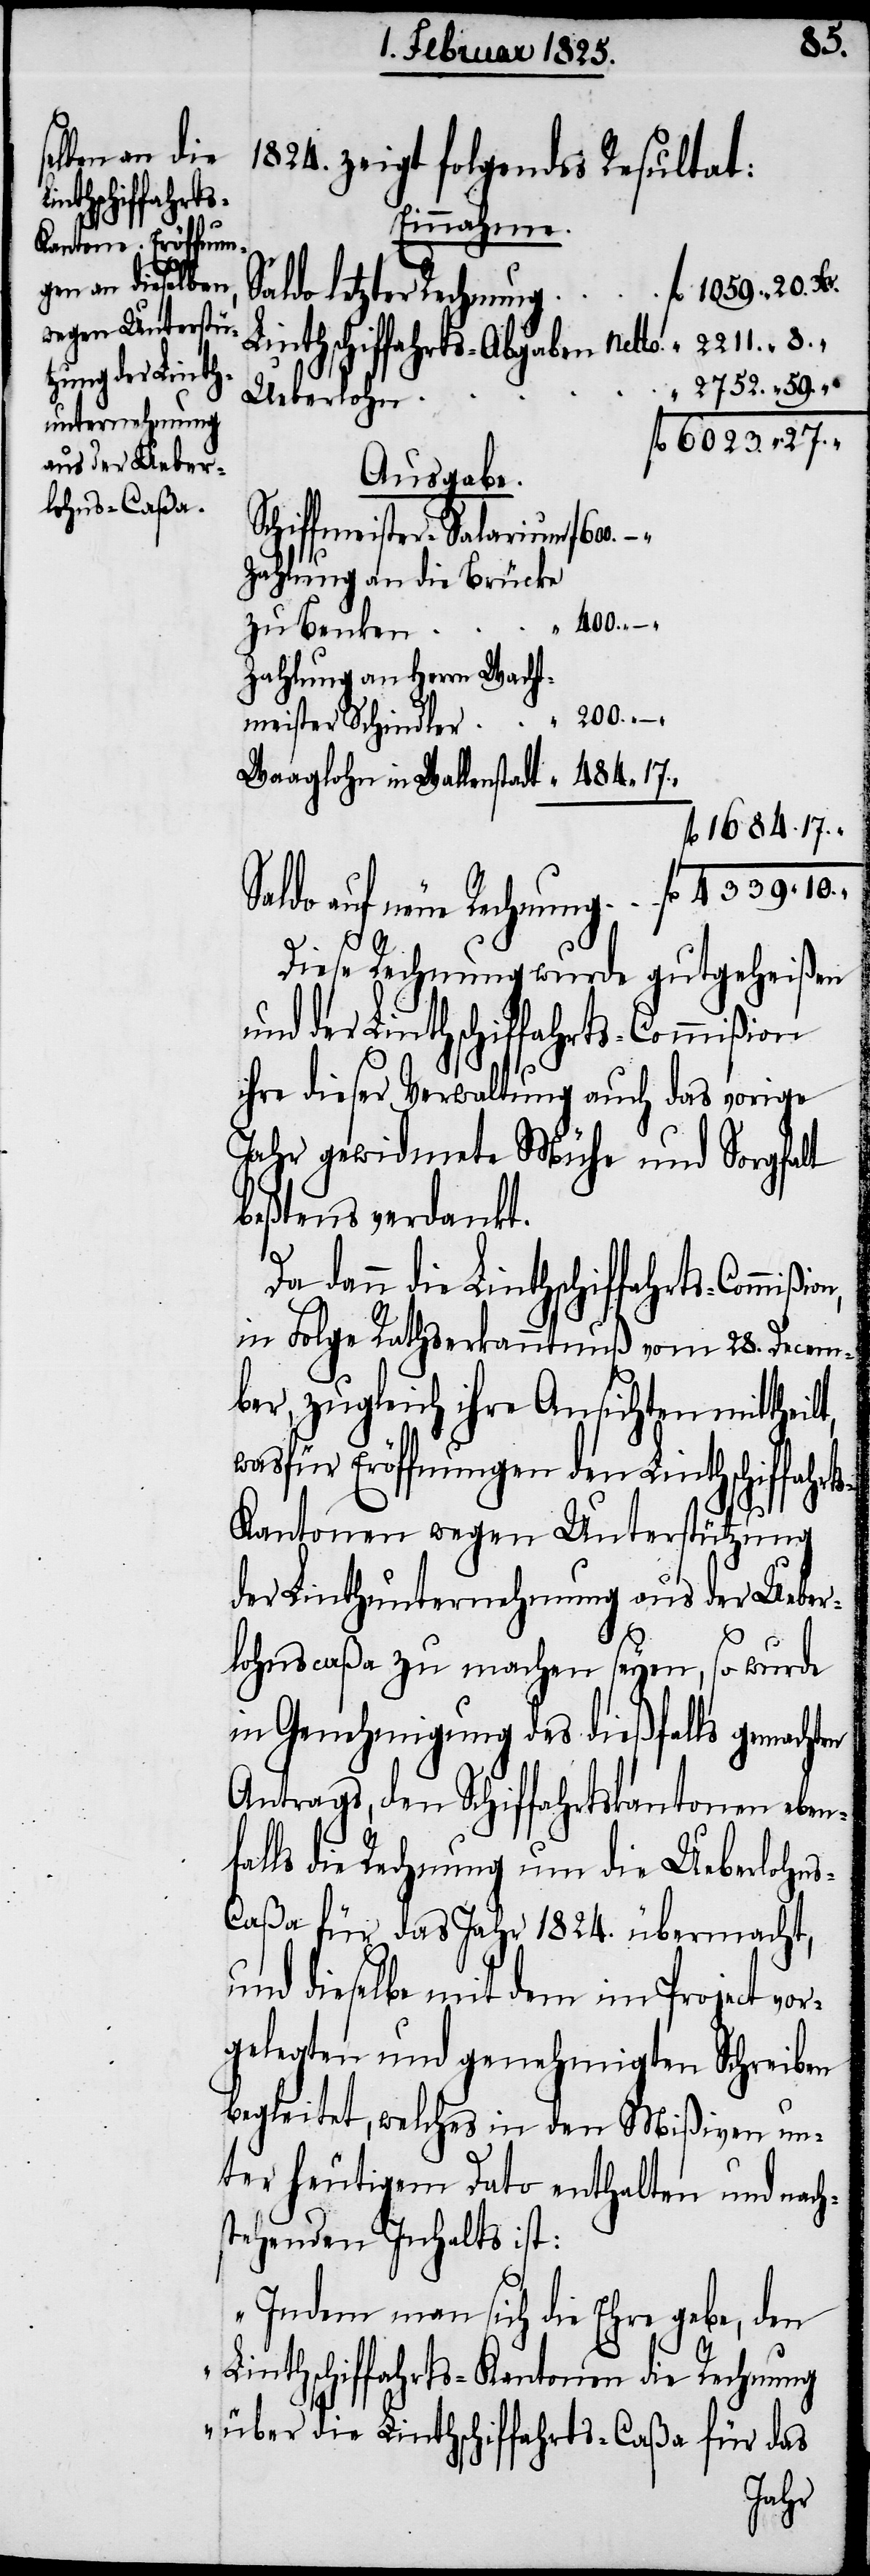
1684.

s-C¬
1824. zeigt folgendes Resultat:
Einnahme.
auf neue Rechnung
2211.
„
inthschiffahrts-Abgaben Net¬
Ueberlohn
Ausgabe.
Schiffmeister-Salarium
Zahlung an die Brücke
zu Benken
Zahlung an Herrn Wacht¬
200.
meister Schindler
Waaglohn in Wallenstadt
Diese Rechnung wurde gutgeheißen
und der Linthschiffahrts-Commißion
ihre dieser Verwaltung auch das vorige
Jahr gewidmete Mühe und Sorgfalt
beßtens verdankt.
10.
Da dann die Linthschiffahrts-Commißion,
in Folge Rathserkanntnuß vom 28. Decem¬
ber, zugleich ihre Ansichten mittheilt,
wasfür Eröffnungen den Linthschiffahrt¬
s-Kantonen wegen Unterstützung
der Linthunternehmung aus der Ueber¬
lohnscaßa zu machen seyen, so wurde
in Genehmigung des dießfalls gemachten
Antrags, den Schiffahrtskantonen eben¬
falls die Rechnung um die Ueberlohn¬
aßa für das Jahr 1824. übermacht,
und dieselbe mit dem im Project vor¬
gelegten und genehmigten Schreiben
begleitet, welches in den Mißiven un¬
ter heutigem Dato enthalten und nach¬
stehenden Inhalts ist:
„Indem man sich die Ehre gebe, den
Linthschiffahrts-Kantonen die Rechnung
über die Linthschiffahrts-Caßa für das